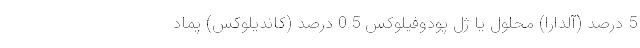
5 درصد (آلدارا) محلول یا ژل پودوفیلوکس 0.5 درصد (کاندیلوکس) پماد